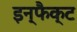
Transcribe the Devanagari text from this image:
इन्फैक्ट